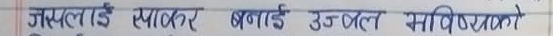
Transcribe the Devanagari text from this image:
जस्लाई एप्पल बनाई उत्कल विश्वविद्यालयो